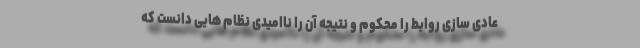
عادی سازی روابط را محکوم و نتیجه آن را ناامیدی نظام هایی دانست که